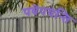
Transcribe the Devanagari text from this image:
पवेपयन्ति